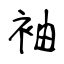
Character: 袖